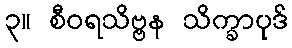
၃။ စီဝရသိဗ္ဗန သိက္ခာပုဒ်